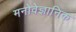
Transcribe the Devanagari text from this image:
मनोवेज्ञानिक